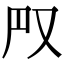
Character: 𠬮